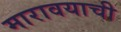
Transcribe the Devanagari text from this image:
मारावयाची